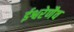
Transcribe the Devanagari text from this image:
ईश्वरेणैव